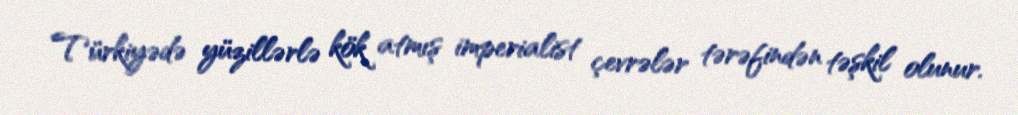
Türkiyədə yüzillərlə kök atmış imperialist çevrələr tərəfindən təşkil olunur.